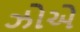
ઝોએ